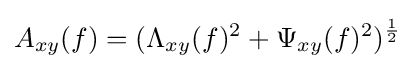
A_{xy}(f)=(\Lambda _{xy}(f)^{2}+\Psi _{xy}(f)^{2})^{\frac {1}{2}}